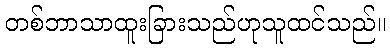
တစ်ဘာသာထူးခြားသည်ဟုသူထင်သည်။